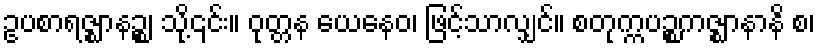
ဥပစာရဇ္ဈာနဉ္စ၊ သို့၎င်း။ ဝုတ္တန ယေနေဝ၊ ဖြင့်သာလျှင်။ စတုက္ကပဉ္စကဇ္ဈာနာနိ စ၊